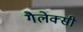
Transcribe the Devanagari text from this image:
गैलेक्‍सी